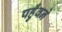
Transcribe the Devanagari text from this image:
पहुँवने